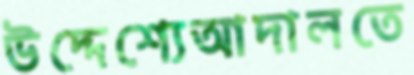
উদ্দেশ্যেআদালতে